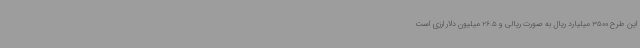
این طرح 3500 میلیارد ریال به صورت ریالی و 26.5 میلیون دلار ارزی است